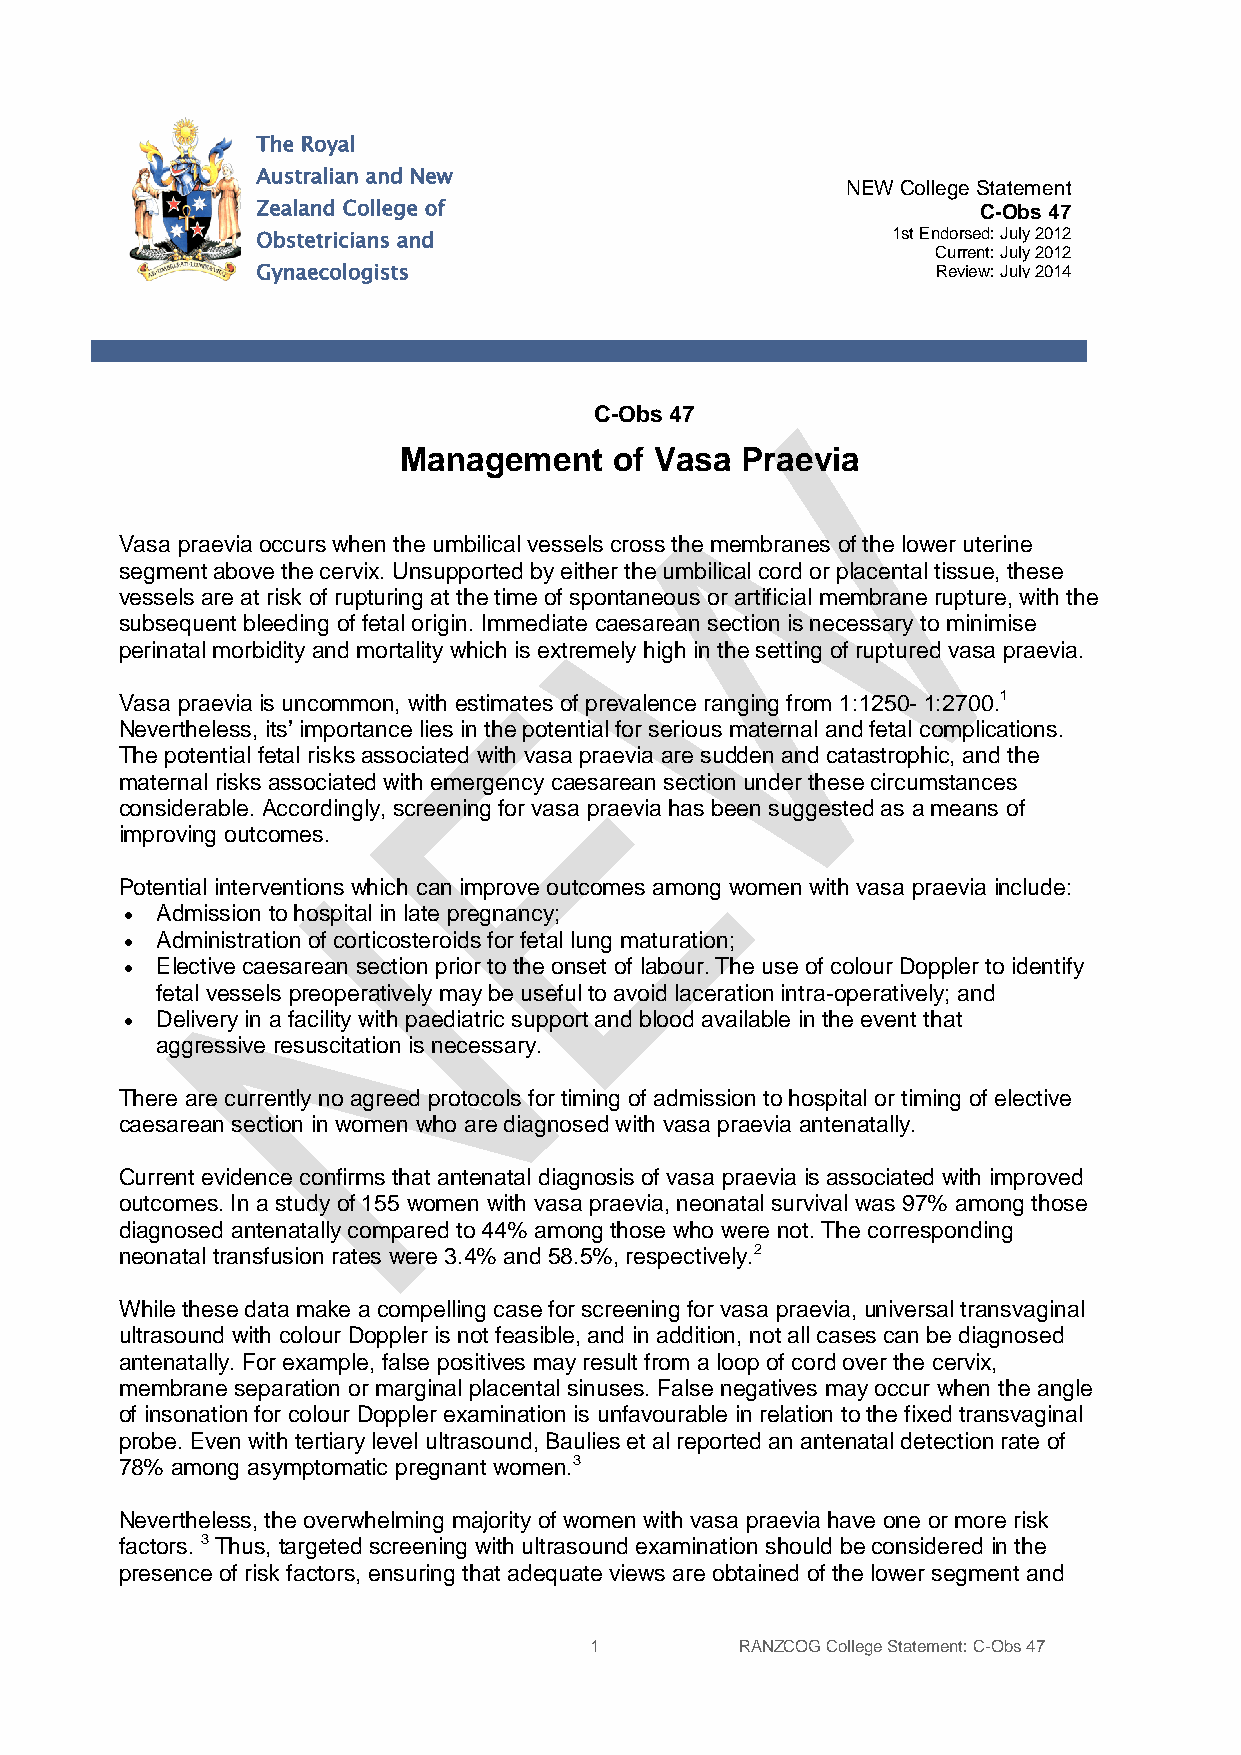
The Royal
 Australian and New
 NEW College Statement
 Zealand College of                              C-Obs 47
 1st Endorsed: July 2012
 Obstetricians and
 Current: July 2012
 Gynaecologists                               Review: July 2014
 C-Obs 47
 Management     of Vasa Praevia
 Vasa praevia occurs when the umbilical vessels cross the membranes of the lower uterine
 segment above the cervix. Unsupported by either the umbilical cord or placental tissue, these
 vessels are at risk of rupturing at the time of spontaneous or artificial membrane rupture, with the
 subsequent bleeding of fetal origin. Immediate caesarean section is necessary to minimise
 perinatal morbidity and mortality which is extremely high in the setting of ruptured vasa praevia.
 Vasa praevia is uncommon, with estimates of prevalence ranging from 1:1250- 1:2700.1
 Nevertheless, its’ importance lies in the potential for serious maternal and fetal complications.
 The potential fetal risks associated with vasa praevia are sudden and catastrophic, and the
 maternal risks associated with emergency caesarean section under these circumstances
 considerable. Accordingly, screening for vasa praevia has been suggested as a means of
 improving outcomes.
 Potential interventions which can improve outcomes among women with vasa praevia include:
 • Admission to hospital in late pregnancy;
 • Administration of corticosteroids for fetal lung maturation;
 • Elective caesarean section prior to the onset of labour. The use of colour Doppler to identify
 fetal vessels preoperatively may be useful to avoid laceration intra-operatively; and
 • Delivery in a facility with paediatric support and blood available in the event that
 aggressive resuscitation is necessary.
 There are currently no agreed protocols for timing of admission to hospital or timing of elective
 caesarean section in women who are diagnosed with vasa praevia antenatally.
 Current evidence confirms that antenatal diagnosis of vasa praevia is associated with improved
 outcomes. In a study of 155 women with vasa praevia, neonatal survival was 97% among those
 diagnosed antenatally compared to 44% among those who were not. The corresponding
 neonatal transfusion rates were 3.4% and 58.5%, respectively.2
 While these data make a compelling case for screening for vasa praevia, universal transvaginal
 ultrasound with colour Doppler is not feasible, and in addition, not all cases can be diagnosed
 antenatally. For example, false positives may result from a loop of cord over the cervix,
 membrane separation or marginal placental sinuses. False negatives may occur when the angle
 of insonation for colour Doppler examination is unfavourable in relation to the fixed transvaginal
 probe. Even with tertiary level ultrasound, Baulies et al reported an antenatal detection rate of
 78% among asymptomatic pregnant women.3
 Nevertheless, the overwhelming majority of women with vasa praevia have one or more risk
 factors. 3 Thus, targeted screening with ultrasound examination should be considered in the
 presence of risk factors, ensuring that adequate views are obtained of the lower segment and
 1         RANZCOG College Statement: C-Obs 47